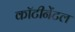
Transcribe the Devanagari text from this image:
कॉटीनेंटल